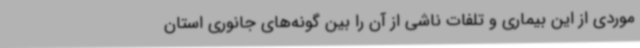
موردی از این بیماری و تلفات ناشی از آن را بین گونه‌های جانوری استان